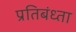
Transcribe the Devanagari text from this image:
प्रतिबंध्ता